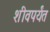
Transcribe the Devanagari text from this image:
शीवपर्यंत